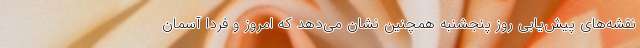
نقشه‌های پیش‌یابی روز پنجشنبه همچنین نشان می‌دهد که امروز و فردا آسمان